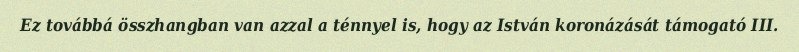
Ez továbbá összhangban van azzal a ténnyel is, hogy az István koronázását támogató III.